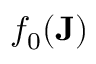
f _ { 0 } ( \mathbf { J } )